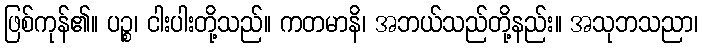
ဖြစ်ကုန်၏။ ပဉ္စ၊ ငါးပါးတို့သည်။ ကတမာနိ၊ အဘယ်သည်တို့နည်း။ အသုဘသညာ၊